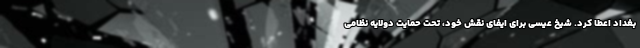
بغداد اعطا کرد. شیخ عیسی برای ایفای نقش خود، تحت حمایت دولایه نظامی